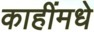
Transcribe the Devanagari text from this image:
काहींमधे